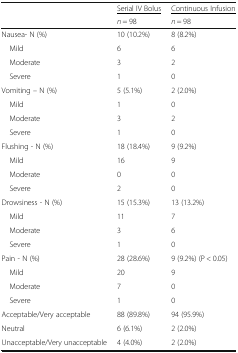
| <ROWSPAN=2>  | <underline>Serial IV Bolus</underline> | <underline>Continuous Infusion</underline> |
 | n = 98 | n = 98 |
 | --- | --- | --- |
 | Nausea- N (%) | 10 (10.2%) | 8 (8.2%) |
 | Mild | 6 | 6 |
 | Moderate | 3 | 2 |
 | Severe | 1 | 0 |
 | Vomiting – N (%) | 5 (5.1%) | 2 (2.0%) |
 | Mild | 1 | 0 |
 | Moderate | 3 | 2 |
 | Severe | 1 | 0 |
 | Flushing - N (%) | 18 (18.4%) | 9 (9.2%) |
 | Mild | 16 | 9 |
 | Moderate | 0 | 0 |
 | Severe | 2 | 0 |
 | Drowsiness - N (%) | 15 (15.3%) | 13 (13.2%) |
 | Mild | 11 | 7 |
 | Moderate | 3 | 6 |
 | Severe | 1 | 0 |
 | Pain - N (%) | 28 (28.6%) | 9 (9.2%) (P < 0.05) |
 | Mild | 20 | 9 |
 | Moderate | 7 | 0 |
 | Severe | 1 | 0 |
 | Acceptable/Very acceptable | 88 (89.8%) | 94 (95.9%) |
 | Neutral | 6 (6.1%) | 2 (2.0%) |
 | Unacceptable/Very unacceptable | 4 (4.0%) | 2 (2.0%) |